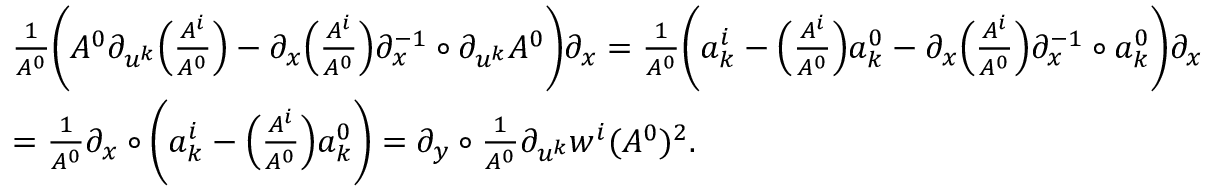
\begin{array} { r l } & { \frac 1 { A ^ { 0 } } \Bigg ( A ^ { 0 } { \partial } _ { u ^ { k } } \Big ( \frac { A ^ { i } } { A ^ { 0 } } \Big ) - { \partial } _ { x } \Big ( \frac { A ^ { i } } { A ^ { 0 } } \Big ) { \partial } _ { x } ^ { - 1 } \circ { \partial } _ { u ^ { k } } A ^ { 0 } \Bigg ) { \partial } _ { x } = \frac 1 { A ^ { 0 } } \Bigg ( a _ { k } ^ { i } - \Big ( \frac { A ^ { i } } { A ^ { 0 } } \Big ) a _ { k } ^ { 0 } - { \partial } _ { x } \Big ( \frac { A ^ { i } } { A ^ { 0 } } \Big ) { \partial } _ { x } ^ { - 1 } \circ a _ { k } ^ { 0 } \Bigg ) { \partial } _ { x } } \\ & { = \frac 1 { A ^ { 0 } } { \partial } _ { x } \circ \Bigg ( a _ { k } ^ { i } - \Big ( \frac { A ^ { i } } { A ^ { 0 } } \Big ) a _ { k } ^ { 0 } \Bigg ) = { \partial } _ { y } \circ \frac { 1 } { A ^ { 0 } } { \partial } _ { u ^ { k } } w ^ { i } ( A ^ { 0 } ) ^ { 2 } . } \end{array}